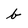
Character: b